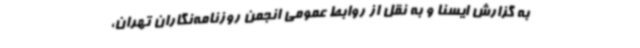
به گزارش ایسنا و به نقل از روابط‌ عمومی انجمن روزنامه‌نگاران تهران،